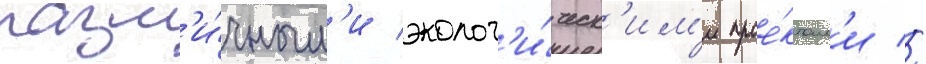
разл'и́чным'и эколог'и́ческ'им'и прое́ктам'и //